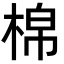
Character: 棉